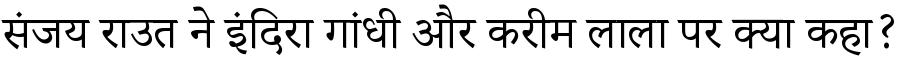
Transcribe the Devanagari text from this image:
संजय राउत ने इंदिरा गांधी और करीम लाला पर क्या कहा?